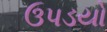
ઉપડયો